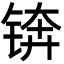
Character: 锛